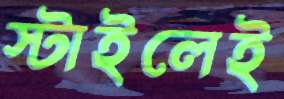
স্টাইলেই